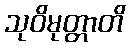
သုဝိမုတ္တာတိ